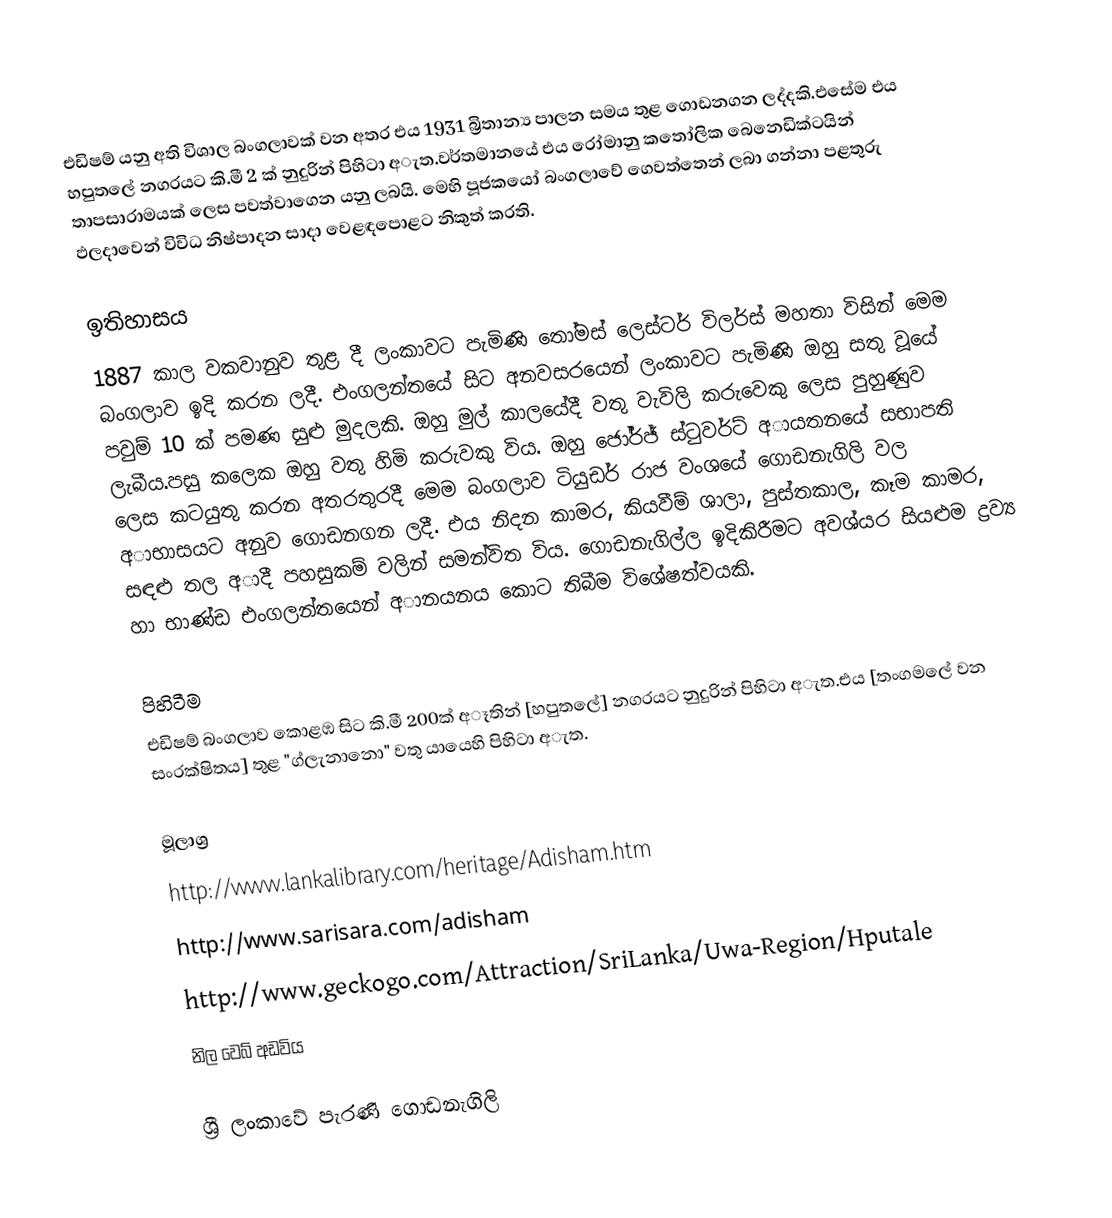
එඩිෂම් යනු අති විශාල බංගලාවක් වන අතර එය 1931 බ්‍රිතාන්‍ය පාලන සමය තුළ ගොඩනගන ලද්දකි.එසේම එය හපුතලේ නගරයට කි.මී 2 ක් නුදුරින් පිහිටා අැත.වර්තමානයේ එය රෝමානු කතෝලික බෙනෙඩික්ටයින් තාපසාරාමයක් ලෙස පවත්වාගෙන යනු ලබයි. මෙහි පූජකයෝ බංගලාවේ ගෙවත්තෙන් ලබා ගන්නා පළතුරු ඵලදාවෙන් විවිධ නිෂ්පාදන සාදා වෙළඳපොළට නිකුත් කරති.

ඉතිහාසය
1887 කාල වකවානුව තුළ දී ලංකාවට පැමිණි තෝමස් ලෙස්ටර් විලර්ස් මහතා විසින් මෙම බංගලාව ඉදි කරන ලදී. එංගලන්තයේ සිට අනවසරයෙන් ලංකාවට පැමිණි ඔහු සතු වූයේ පවුම් 10 ක් පමණ සුළු මුදලකි. ඔහු මුල් කාලයේදී වතු වැවිලි කරුවෙකු ලෙස පුහුණුව ලැබීය.පසු කලෙක ඔහු වතු හිමි කරුවකු විය. ඔහු ජෝර්ජ් ස්ටුවර්ට් අායතනයේ සභාපති ලෙස කටයුතු කරන අතරතුරදී මෙම බංගලාව ටියුඩර් රාජ වංශයේ ගොඩනැගිලි වල අාභාසයට අනුව ගොඩනගන ලදී. එය නිදන කාමර, කියවීම් ශාලා, පුස්තකාල, කෑම කාමර, සඳළු තල අාදී පහසුකම් වලින් සමන්විත විය. ගොඩනැගිල්ල ඉදිකිරීමට අවශ්යර සියළුම ද්‍රව්‍ය​ හා භාණ්ඩ එංගලන්තයෙන් අානයනය කොට තිබීම විශේෂත්වයකි.

පිහිටීම
එඩිෂම් බංගලාව කොළඹ සිට කි.මී 200ක් අෑතින් [හපුතලේ] නගරයට නුදුරින් පිහිටා අැත.එය [තංගමලේ වන සංරක්ෂිතය] තුළ "ග්ලැනානො" වතු යායෙහි පිහිටා අැත.

මූලාශ්‍ර
http://www.lankalibrary.com/heritage/Adisham.htm
http://www.sarisara.com/adisham
http://www.geckogo.com/Attraction/SriLanka/Uwa-Region/Hputale
නිල වෙබ් අඩවිය​

ශ්‍රී ලංකාවේ පැරණි ගොඩනැගිලි